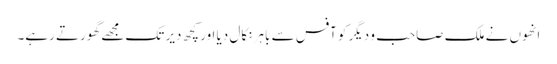
انھوں نے ملک صاحب و دیگر کو آفس سے باہر نکال دیا اور کچھ دیر تک مجھے گھورتے رہے۔